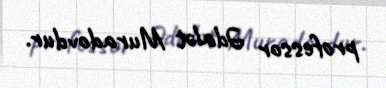
professor Ədalət Muradovdur.